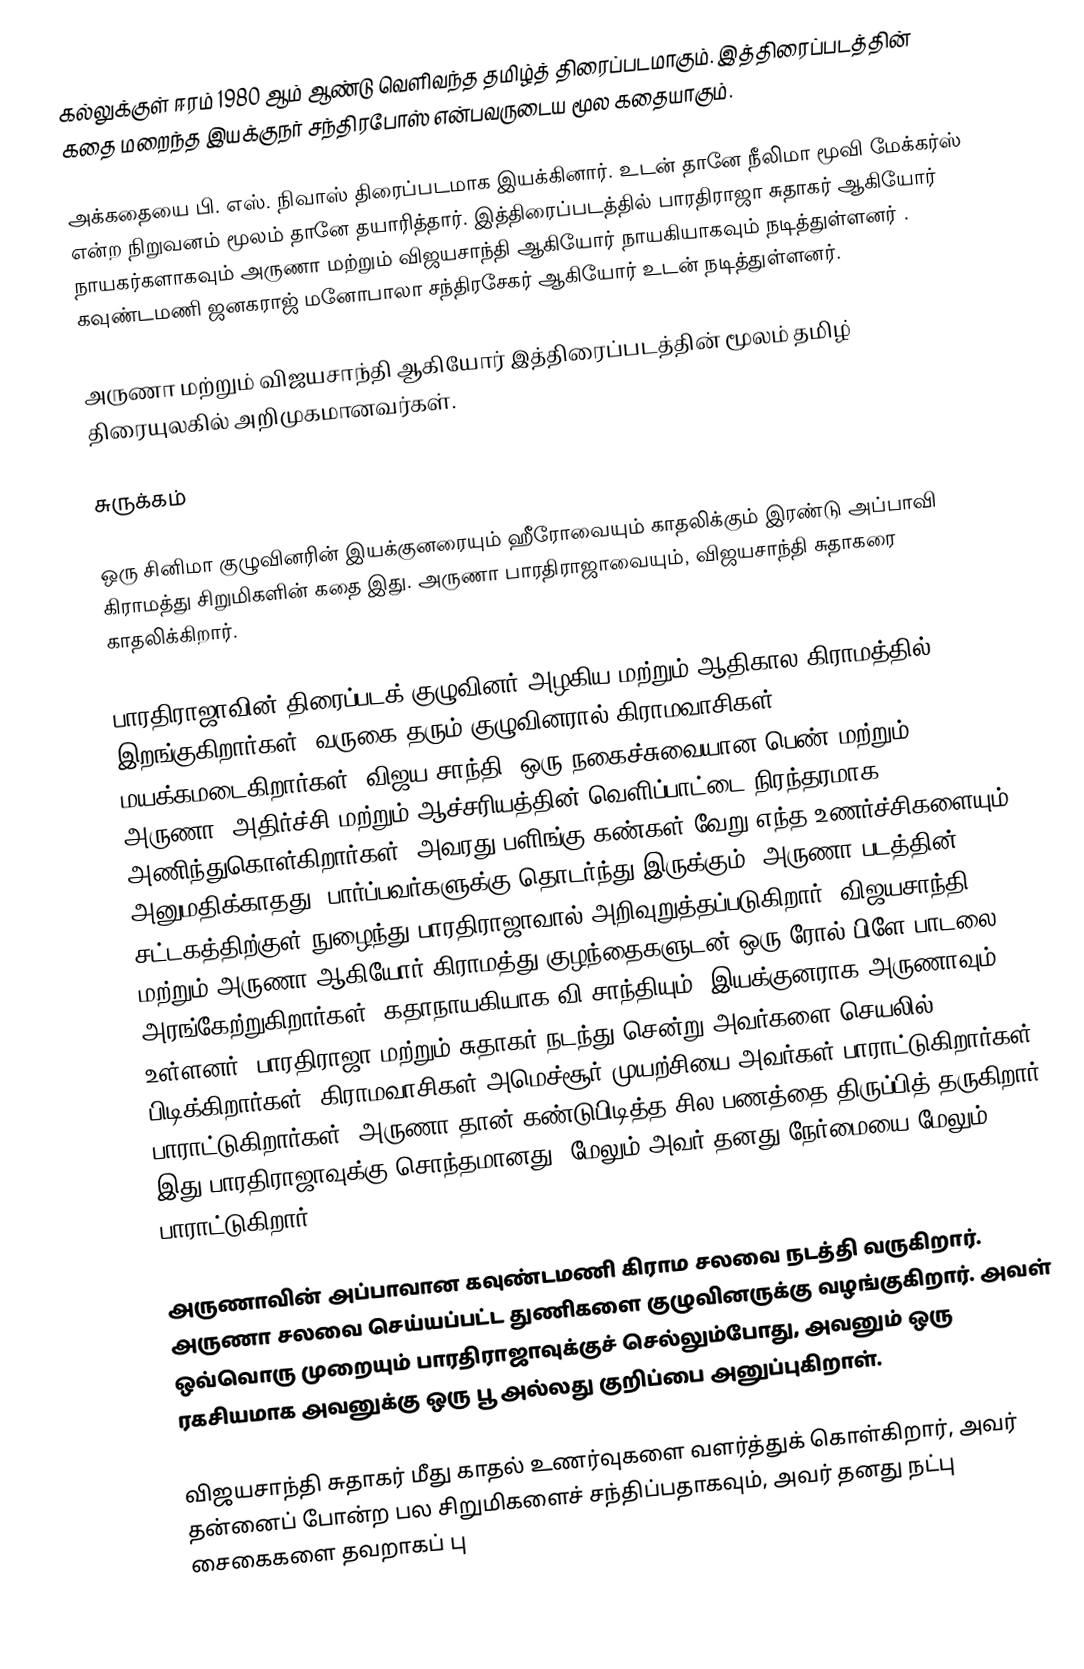
கல்லுக்குள் ஈரம் 1980 ஆம் ஆண்டு வெளிவந்த தமிழ்த் திரைப்படமாகும். இத்திரைப்படத்தின் கதை மறைந்த இயக்குநர் சந்திரபோஸ் என்பவருடைய மூல கதையாகும்.

அக்கதையை பி. எஸ். நிவாஸ் திரைப்படமாக இயக்கினார். உடன் தானே நீலிமா மூவி மேக்கர்ஸ் என்ற நிறுவனம் மூலம் தானே தயாரித்தார்.  இத்திரைப்படத்தில் பாரதிராஜா சுதாகர் ஆகியோர் நாயகர்களாகவும் அருணா மற்றும் விஜயசாந்தி ஆகியோர் நாயகியாகவும் நடித்துள்ளனர் . கவுண்டமணி ஜனகராஜ் மனோபாலா சந்திரசேகர் ஆகியோர் உடன் நடித்துள்ளனர்.

அருணா மற்றும் விஜயசாந்தி ஆகியோர் இத்திரைப்படத்தின் மூலம் தமிழ் திரையுலகில் அறிமுகமானவர்கள்.

சுருக்கம்

ஒரு சினிமா குழுவினரின் இயக்குனரையும் ஹீரோவையும் காதலிக்கும் இரண்டு அப்பாவி கிராமத்து சிறுமிகளின் கதை இது. அருணா பாரதிராஜாவையும், விஜயசாந்தி சுதாகரை காதலிக்கிறார்.

பாரதிராஜாவின் திரைப்படக் குழுவினர் அழகிய மற்றும் ஆதிகால கிராமத்தில் இறங்குகிறார்கள். வருகை தரும் குழுவினரால் கிராமவாசிகள் மயக்கமடைகிறார்கள். விஜய சாந்தி, ஒரு நகைச்சுவையான பெண் மற்றும் அருணா, அதிர்ச்சி மற்றும் ஆச்சரியத்தின் வெளிப்பாட்டை நிரந்தரமாக அணிந்துகொள்கிறார்கள், அவரது பளிங்கு-கண்கள் வேறு எந்த உணர்ச்சிகளையும் அனுமதிக்காதது, பார்ப்பவர்களுக்கு தொடர்ந்து இருக்கும். அருணா படத்தின் சட்டகத்திற்குள் நுழைந்து பாரதிராஜாவால் அறிவுறுத்தப்படுகிறார். விஜயசாந்தி மற்றும் அருணா ஆகியோர் கிராமத்து குழந்தைகளுடன் ஒரு ரோல் பிளே பாடலை அரங்கேற்றுகிறார்கள், கதாநாயகியாக வி.சாந்தியும், இயக்குனராக அருணாவும் உள்ளனர். பாரதிராஜா மற்றும் சுதாகர் நடந்து சென்று அவர்களை செயலில் பிடிக்கிறார்கள். கிராமவாசிகள் அமெச்சூர் முயற்சியை அவர்கள் பாராட்டுகிறார்கள், பாராட்டுகிறார்கள். அருணா தான் கண்டுபிடித்த சில பணத்தை திருப்பித் தருகிறார், இது பாரதிராஜாவுக்கு சொந்தமானது, மேலும் அவர் தனது நேர்மையை மேலும் பாராட்டுகிறார்.

அருணாவின் அப்பாவான கவுண்டமணி கிராம சலவை நடத்தி வருகிறார். அருணா சலவை செய்யப்பட்ட துணிகளை குழுவினருக்கு வழங்குகிறார். அவள் ஒவ்வொரு முறையும் பாரதிராஜாவுக்குச் செல்லும்போது, அவனும் ஒரு ரகசியமாக அவனுக்கு ஒரு பூ அல்லது குறிப்பை அனுப்புகிறாள்.

விஜயசாந்தி சுதாகர் மீது காதல் உணர்வுகளை வளர்த்துக் கொள்கிறார், அவர் தன்னைப் போன்ற பல சிறுமிகளைச் சந்திப்பதாகவும், அவர் தனது நட்பு சைகைகளை தவறாகப் பு